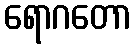
ရောဂတော